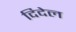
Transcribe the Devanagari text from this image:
दिदेल